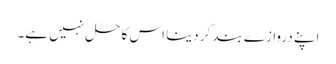
اپنے دروازے بند کر دینا اس کا حل نہیں ہے۔